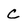
Character: C